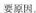
要原因。